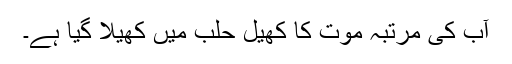
آب کی مرتبہ موت کا کھیل حلب میں کھیلا گیا ہے۔